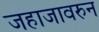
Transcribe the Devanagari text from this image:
जहाजावरुन